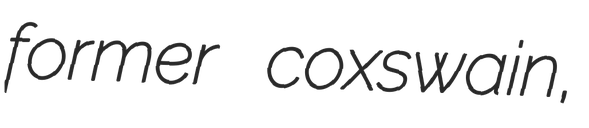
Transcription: former coxswain,